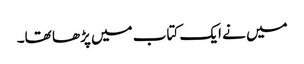
میں نے ایک کتاب میں پڑھا تھا۔